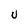
Character: U